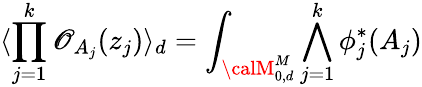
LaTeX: \langle\prod_{j=1}^{k}{\cal\mathscr{O}}_{A_{j}}(z_{j})\rangle_{d}=\int_{{\calM}_{0,d}^{M}}\bigwedge_{j=1}^{k}\phi_{j}^{*}(A_{j})